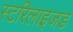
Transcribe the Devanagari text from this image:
स्टरिलाइजड